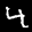
Label: 4